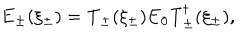
LaTeX: { \bf E } _ { \pm } ( \xi _ { \pm } ) = \mathrm { T } _ { \pm } ( \xi _ { \pm } ) { \bf E } _ { 0 } \mathrm { T } _ { \pm } ^ { \dagger } ( \xi _ { \pm } ) ,